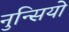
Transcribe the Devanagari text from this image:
नुन्सियो